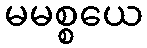
မမစ္စယေ